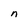
Character: n